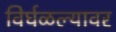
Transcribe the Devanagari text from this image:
विर्घळल्यावर